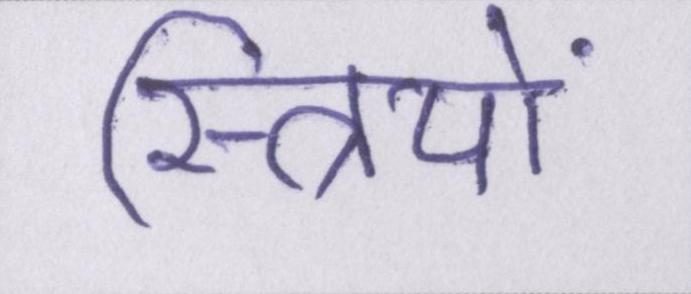
स्त्रियों